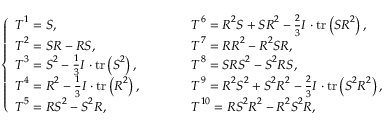
\left\{ \begin{array} { l r l } { \boldsymbol { T } ^ { 1 } = \boldsymbol { S } , } & & { \boldsymbol { T } ^ { 6 } = \boldsymbol { R } ^ { 2 } \boldsymbol { S } + \boldsymbol { S R } ^ { 2 } - \frac { 2 } { 3 } \boldsymbol { I } \cdot \operatorname { t r } \left( \boldsymbol { S } \boldsymbol { R } ^ { 2 } \right) , } \\ { \boldsymbol { T } ^ { 2 } = \boldsymbol { S } \boldsymbol { R } - \boldsymbol { R } \boldsymbol { S } , } & & { \boldsymbol { T } ^ { 7 } = \boldsymbol { R } \boldsymbol { R } ^ { 2 } - \boldsymbol { R } ^ { 2 } \boldsymbol { S } \boldsymbol { R } , } \\ { \boldsymbol { T } ^ { 3 } = \boldsymbol { S } ^ { 2 } - \frac { 1 } { 3 } \boldsymbol { I } \cdot \operatorname { t r } \left( \boldsymbol { S } ^ { 2 } \right) , } & & { \boldsymbol { T } ^ { 8 } = \boldsymbol { S } \boldsymbol { R } \boldsymbol { S } ^ { 2 } - \boldsymbol { S } ^ { 2 } \boldsymbol { R S } , } \\ { \boldsymbol { T } ^ { 4 } = \boldsymbol { R } ^ { 2 } - \frac { 1 } { 3 } \boldsymbol { I } \cdot \operatorname { t r } \left( \boldsymbol { R } ^ { 2 } \right) , \qquad } & & { \boldsymbol { T } ^ { 9 } = \boldsymbol { R } ^ { 2 } \boldsymbol { S } ^ { 2 } + \boldsymbol { S } ^ { 2 } \boldsymbol { R } ^ { 2 } - \frac { 2 } { 3 } \boldsymbol { I } \cdot \operatorname { t r } \left( \boldsymbol { S } ^ { 2 } \boldsymbol { R } ^ { 2 } \right) , } \\ { \boldsymbol { T } ^ { 5 } = \boldsymbol { R } \boldsymbol { S } ^ { 2 } - \boldsymbol { S } ^ { 2 } \boldsymbol { R } , } & & { \boldsymbol { T } ^ { 1 0 } = \boldsymbol { R S } ^ { 2 } \boldsymbol { R } ^ { 2 } - \boldsymbol { R } ^ { 2 } \boldsymbol { S } ^ { 2 } \boldsymbol { R } , } \end{array} \right.